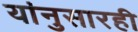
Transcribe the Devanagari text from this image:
यांनुसारही